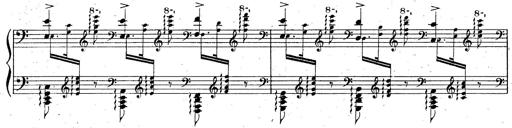
Title: God Save the Queen
Composer: Charles LÃ©on Hess
Key: A major